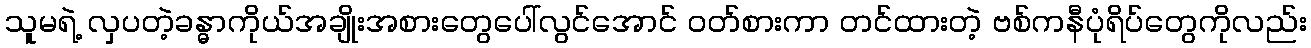
သူမရဲ့ လှပတဲ့ခန္ဓာကိုယ်အချိုးအစားတွေပေါ်လွင်အောင် ဝတ်စားကာ တင်ထားတဲ့ ဗစ်ကနီပုံရိပ်တွေကိုလည်း